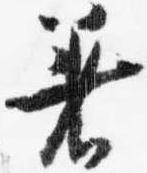
着